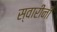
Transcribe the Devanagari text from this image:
स्वारींनी